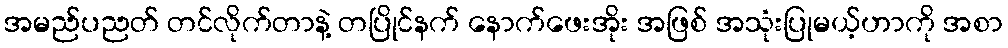
အမည်ပညတ် တင်လိုက်တာနဲ့ တပြိုင်နက် နောက်ဖေးအိုး အဖြစ် အသုံးပြုမယ့်ဟာကို အစာ